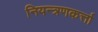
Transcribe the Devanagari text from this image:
नियन्त्रणकर्त्ता